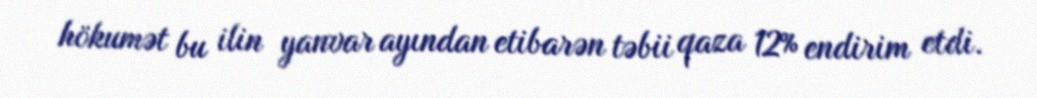
hökumət bu ilin yanvar ayından etibarən təbii qaza 12% endirim etdi.